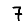
Digit: 7